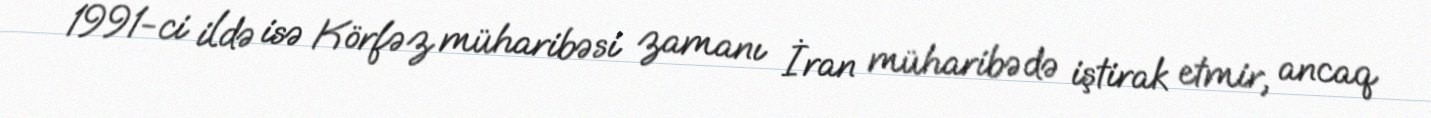
1991-ci ildə isə Körfəz müharibəsi zamanı İran müharibədə iştirak etmir, ancaq